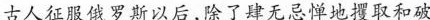
古人征服俄罗斯以后，除了肆无忌惮地攫取和破